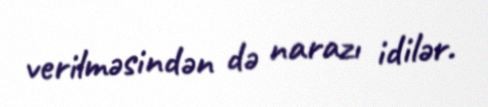
verilməsindən də narazı idilər.